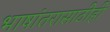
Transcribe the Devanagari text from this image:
भाषांतरासाठीही